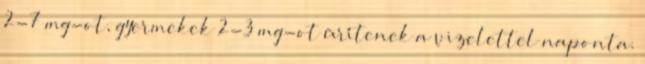
2-7 mg-ot, gyerme­kek 2-3 mg-ot ürítenek a vizelettel naponta.